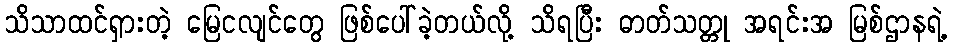
သိသာထင်ရှားတဲ့ မြေငလျင်တွေ ဖြစ်ပေါ်ခဲ့တယ်လို့ သိရပြီး ဓာတ်သတ္တု အရင်းအ မြစ်ဌာနရဲ့